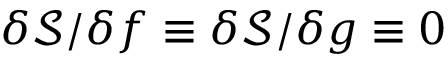
\delta \mathcal { S } / \delta f \equiv \delta \mathcal { S } / \delta g \equiv 0